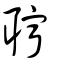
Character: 聹